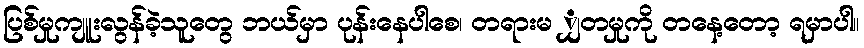
ပြစ်မှုကျူးလွန်ခဲ့သူတွေ ဘယ်မှာ ပုန်းနေပါစေ၊ တရားမ ျှတမှုကို တနေ့တော့ ရမှာပါ။